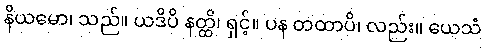
နိယမော၊ သည်။ ယဒိပိ နတ္ထိ၊ ရှင့်။ ပန တထာပိ၊ လည်း။ ယေသံ